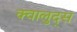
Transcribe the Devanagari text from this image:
क्वालुद्स